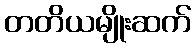
တတိယမျိုးဆက်